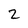
Character: 2